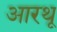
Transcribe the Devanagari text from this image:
आरथू